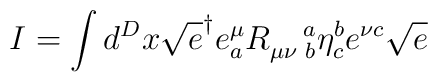
I=\int d^{D}x\sqrt{e}^{\dagger }e_{a}^{\mu }R_{\mu \nu \,\,b}^{\quad a}\eta_{c}^{b}e^{\nu c}\sqrt{e}